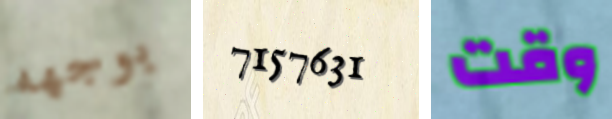
بوجهه 7157631 وقت